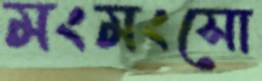
মংমংসো